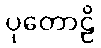
ပုတောဠိ